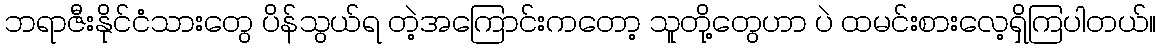
ဘရာဇီးနိုင်ငံသားတွေ ပိန်သွယ်ရ တဲ့အကြောင်းကတော့ သူတို့တွေဟာ ပဲ ထမင်းစားလေ့ရှိကြပါတယ်။